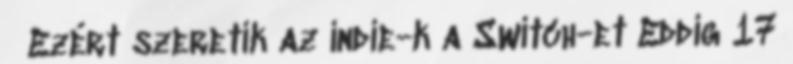
Ezért szeretik az indie-k a Switch-et Eddig 17